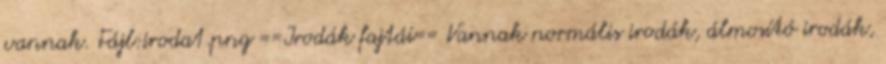
vannak. Fájl:iroda1.png ==Irodák fajtái== Vannak normális irodák, álmosító irodák,